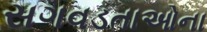
સગવડતાઓના